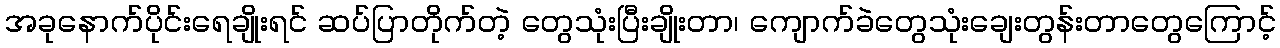
အခုနောက်ပိုင်းရေချိုးရင် ဆပ်ပြာတိုက်တဲ့ တွေသုံးပြီးချိုးတာ၊ ကျောက်ခဲတွေသုံးချေးတွန်းတာတွေကြောင့်